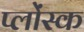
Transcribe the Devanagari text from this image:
प्लोंस्क